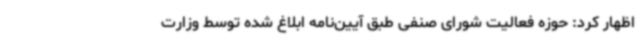
اظهار کرد: حوزه فعالیت شورای صنفی طبق آیین‌نامه ابلاغ شده توسط وزارت